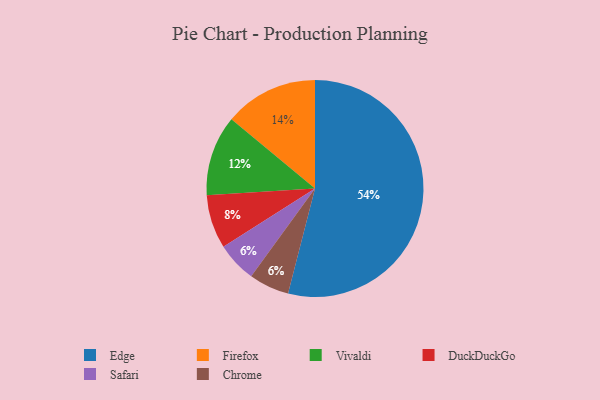
{"axis": {"x": "Category", "y": "Percentage"}, "legend": ["Chrome", "DuckDuckGo", "Edge", "Firefox", "Safari", "Vivaldi"], "data": [{"x": "Firefox", "y": 14, "type": "Firefox"}, {"x": "Vivaldi", "y": 12, "type": "Vivaldi"}, {"x": "Safari", "y": 6, "type": "Safari"}, {"x": "Edge", "y": 54, "type": "Edge"}, {"x": "DuckDuckGo", "y": 8, "type": "DuckDuckGo"}, {"x": "Chrome", "y": 6, "type": "Chrome"}]}